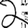
Digit: 2